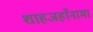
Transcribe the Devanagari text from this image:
शाहजहाँनामा